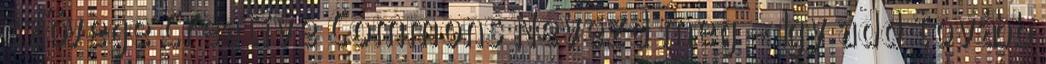
szövege Creative Commons Nevezd meg – Így add tovább